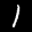
Label: 1